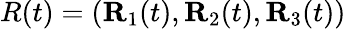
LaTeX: R(t)=({\mathbf R}_{1}(t),{\mathbf R}_{2}(t),{\mathbf R}_{3}(t))